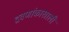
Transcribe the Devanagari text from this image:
द्रवणांकाखाली